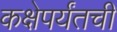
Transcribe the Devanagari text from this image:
कक्षेपर्यंतची